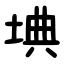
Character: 㙉